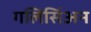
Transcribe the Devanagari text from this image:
गलिसिंअन